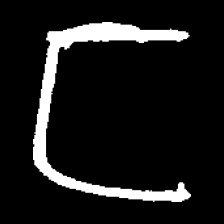
Pyu character \u2014 Myanmar letter: ဋ (romanized: tta)